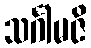
သင်္ဂါမဇိ